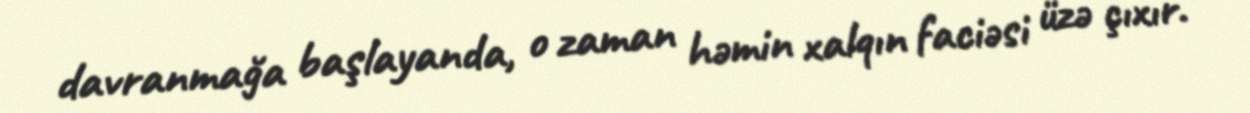
davranmağa başlayanda, o zaman həmin xalqın faciəsi üzə çıxır.